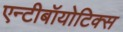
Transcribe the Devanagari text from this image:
एन्टीबॉयोटिक्स